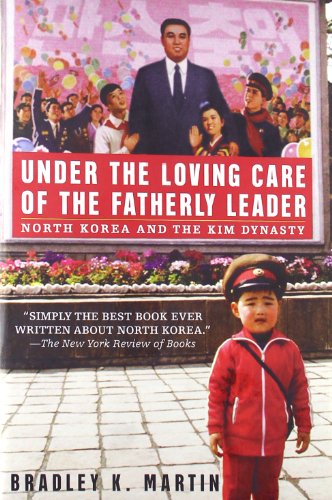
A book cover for Under the Loving Care of the Fatherly Leader: North Korea and the Kim Dynasty; Bradley K. Martin; History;